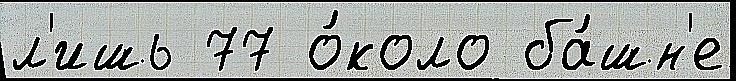
л'ишь 77 о́коло ба́шн'е